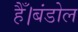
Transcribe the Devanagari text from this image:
हैँ।बंडोल